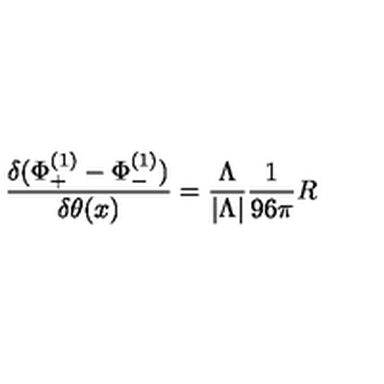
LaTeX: { \frac { \delta ( \Phi _ { + } ^ { ( 1 ) } - \Phi _ { - } ^ { ( 1 ) } ) } { \delta \theta ( x ) } } = { \frac { \Lambda } { | \Lambda | } } { \frac { 1 } { 9 6 \pi } } R